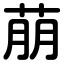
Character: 萠